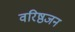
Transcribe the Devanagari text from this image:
वरिष्ठजन